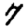
Digit: 7